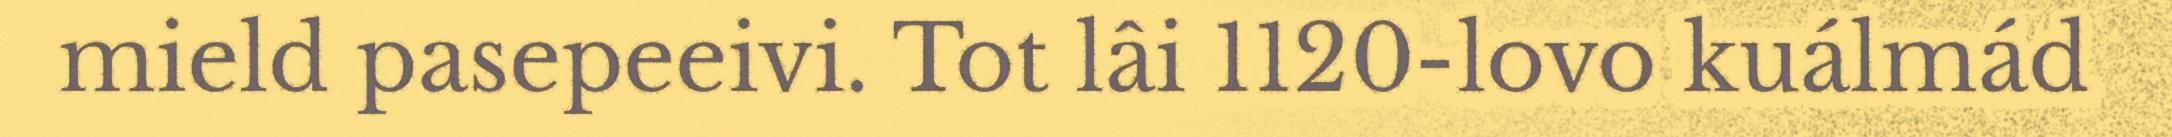
mield pasepeeivi. Tot lâi 1120-lovo kuálmád